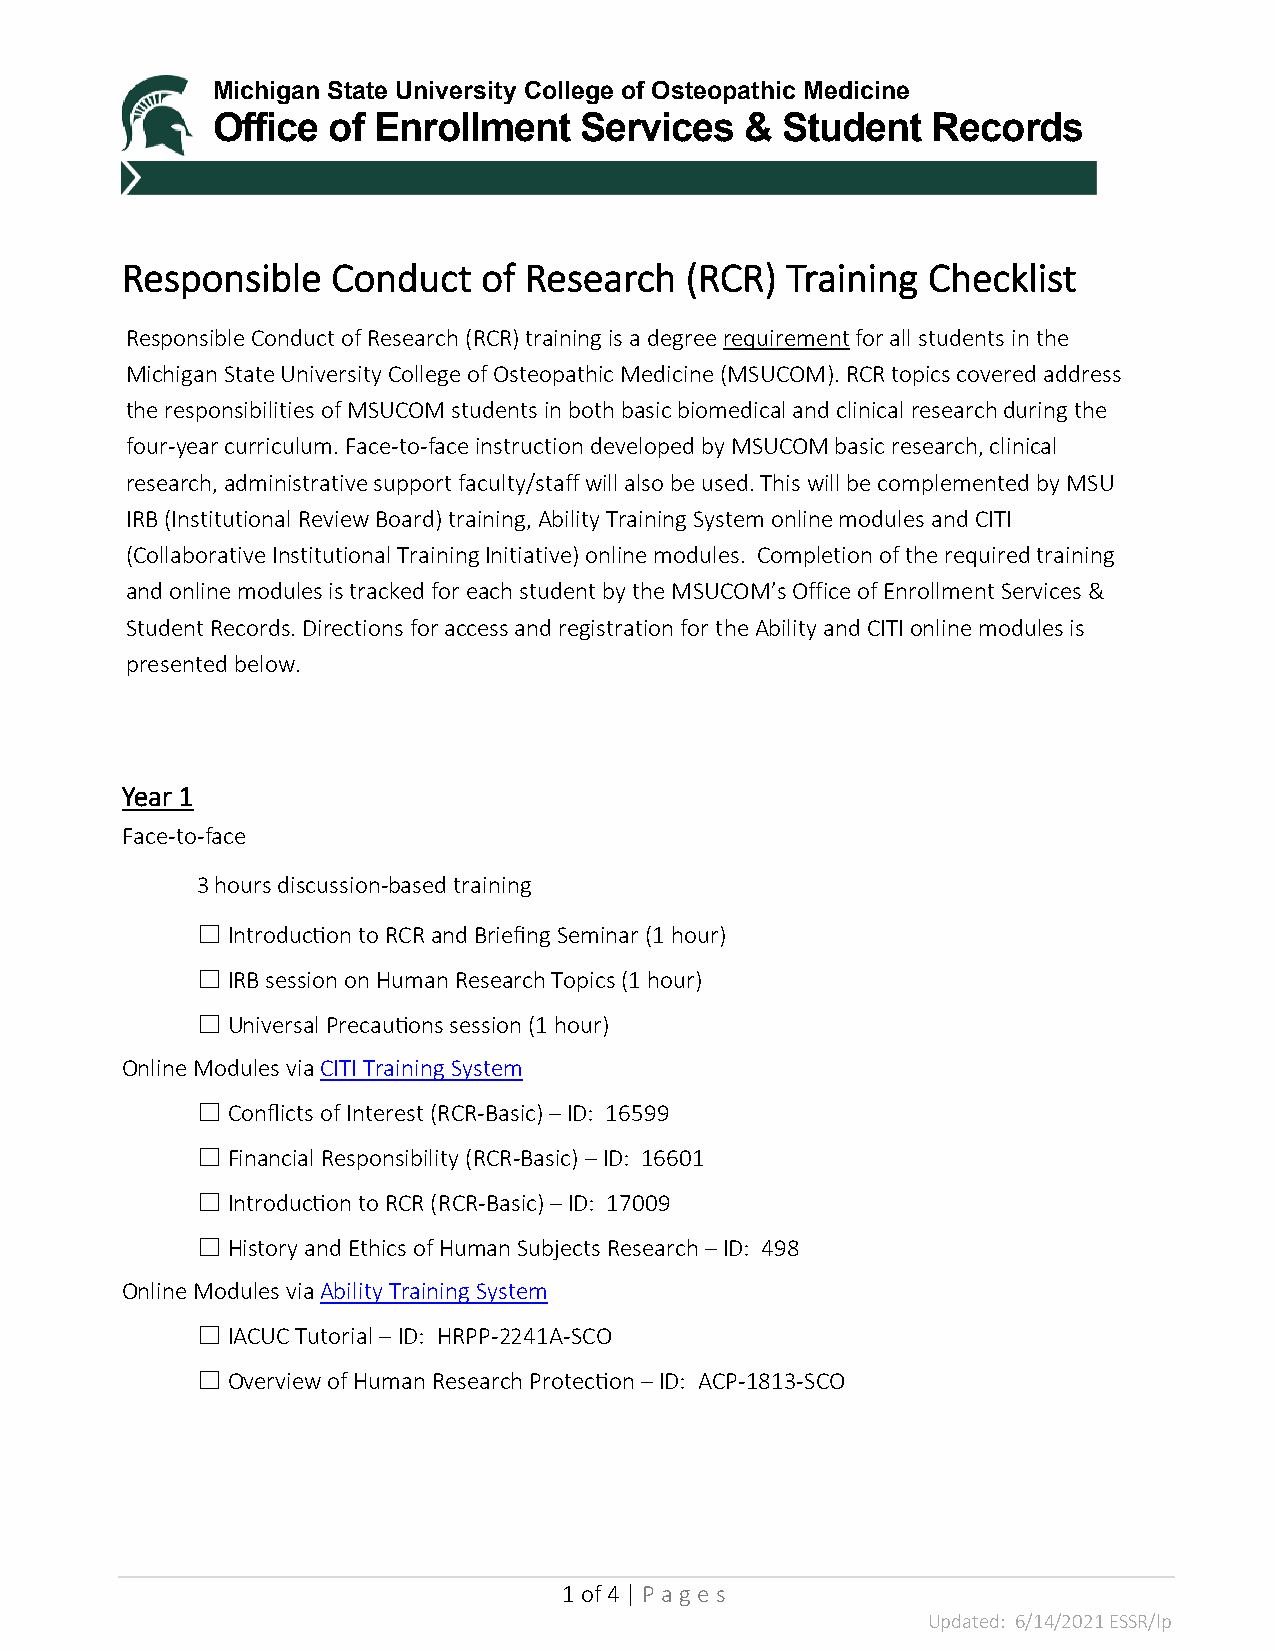
Michigan State University College of Osteopathic Medicine
 Office  of Enrollment   Services   &  Student   Records
 Responsible   Conduct   of Research  (RCR)  Training Checklist
 Responsible Conduct of Research (RCR) training is a degree requirement for all students in the
 Michigan State University College of Osteopathic Medicine (MSUCOM). RCR topics covered address
 the responsibilities of MSUCOM students in both basic biomedical and clinical research during the
 four-year curriculum. Face-to-face instruction developed by MSUCOM basic research, clinical
 research, administrative support faculty/staff will also be used. This will be complemented by MSU
 IRB (Institutional Review Board) training, Ability Training System online modules and CITI
 (Collaborative Institutional Training Initiative) online modules. Completion of the required training
 and online modules is tracked for each student by the MSUCOM’s Office of Enrollment Services &
 Student Records. Directions for access and registration for the Ability and CITI online modules is
 presented below.
 Year 1
 Face-to-face
 3 hours discussion-based training
 ☐ Introduction to RCR and Briefing Seminar (1 hour)
 ☐ IRB session on Human Research Topics (1 hour)
 ☐ Universal Precautions session (1 hour)
 Online Modules via CITI Training System
 ☐ Conflicts of Interest (RCR-Basic) – ID: 16599
 ☐ Financial Responsibility (RCR-Basic) – ID: 16601
 ☐ Introduction to RCR (RCR-Basic) – ID: 17009
 ☐ History and Ethics of Human Subjects Research – ID: 498
 Online Modules via Ability Training System
 ☐ IACUC Tutorial – ID: HRPP-2241A-SCO
 ☐ Overview of Human Research Protection – ID: ACP-1813-SCO
 1 of 4 | P a g e s
 Updated: 6/14/2021 ESSR/lp